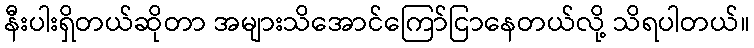
နီးပါးရှိတယ်ဆိုတာ အများသိအောင်ကြော်ငြာနေတယ်လို့ သိရပါတယ်။